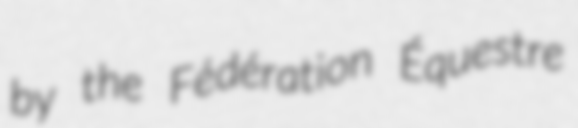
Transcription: by the Fédération Équestre